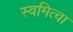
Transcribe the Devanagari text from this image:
स्वमित्वा